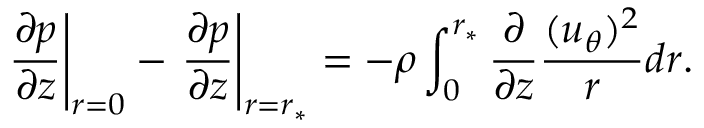
\left. { \frac { \partial p } { \partial z } } \right| _ { r = 0 } - \left. { \frac { \partial p } { \partial z } } \right| _ { r = r _ { \ast } } = - \rho \int _ { 0 } ^ { r _ { \ast } } \frac { \partial } { \partial z } \frac { ( u _ { \theta } ) ^ { 2 } } { r } d r .